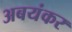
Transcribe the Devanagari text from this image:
अबयंकर